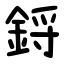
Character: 鋝